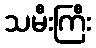
သမီးကြီး